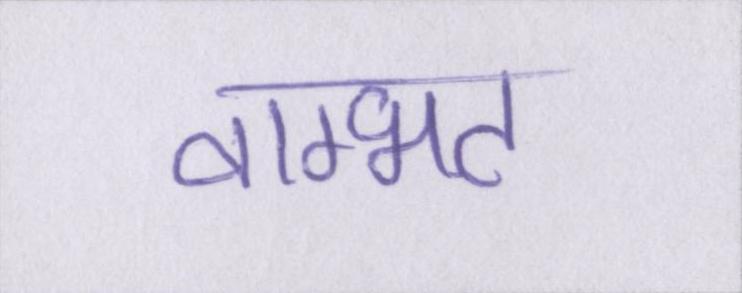
वाग्भट